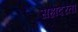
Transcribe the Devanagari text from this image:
सहोदरता